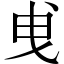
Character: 曵